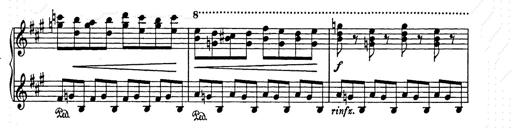
Title: Weihnachtsbaum
Composer: Franz Liszt